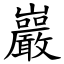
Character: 巖